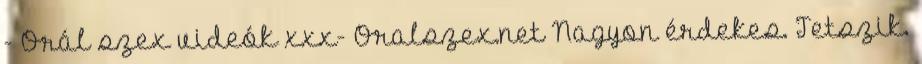
- Orál szex videók xxx- Oralszex.net Nagyon érdekes. Tetszik.